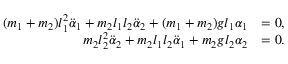
\begin{array} { r l } { ( m _ { 1 } + m _ { 2 } ) l _ { 1 } ^ { 2 } \ddot { \alpha } _ { 1 } + m _ { 2 } l _ { 1 } l _ { 2 } \ddot { \alpha } _ { 2 } + ( m _ { 1 } + m _ { 2 } ) g l _ { 1 } \alpha _ { 1 } } & { = 0 , } \\ { m _ { 2 } l _ { 2 } ^ { 2 } \ddot { \alpha } _ { 2 } + m _ { 2 } l _ { 1 } l _ { 2 } \ddot { \alpha } _ { 1 } + m _ { 2 } g l _ { 2 } \alpha _ { 2 } } & { = 0 . } \end{array}